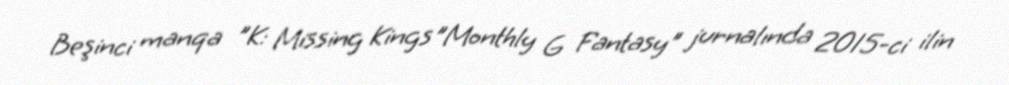
Beşinci manqa "K: Missing Kings"Monthly G Fantasy" jurnalında 2015-ci ilin